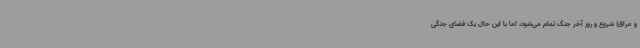
و عراق) شروع و روز آخر جنگ تمام می‌شود، اما با این حال یک فضای جنگی